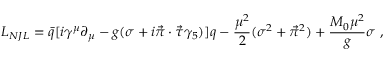
{ \cal L } _ { N J L } = \bar { q } [ i \gamma ^ { \mu } \partial _ { \mu } - g ( \sigma + i \vec { \pi } \cdot \vec { \tau } \gamma _ { 5 } ) ] q - { \frac { \mu ^ { 2 } } { 2 } } ( \sigma ^ { 2 } + \vec { \pi } ^ { 2 } ) + { \frac { M _ { 0 } \mu ^ { 2 } } { g } } \sigma \, \, ,